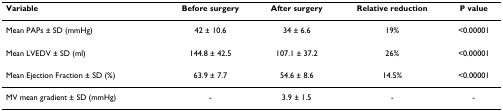
| Variable | Before surgery | After surgery | Relative reduction | P value |
 | --- | --- | --- | --- | --- |
 | Mean PAPs ± SD (mmHg) | 42 ± 10.6 | 34 ± 6.6 | 19% | <0.00001 |
 | Mean LVEDV ± SD (ml) | 144.8 ± 42.5 | 107.1 ± 37.2 | 26% | <0.00001 |
 | Mean Ejection Fraction ± SD (%) | 63.9 ± 7.7 | 54.6 ± 8.6 | 14.5% | <0.00001 |
 | MV mean gradient ± SD (mmHg) | - | 3.9 ± 1.5 | - | - |